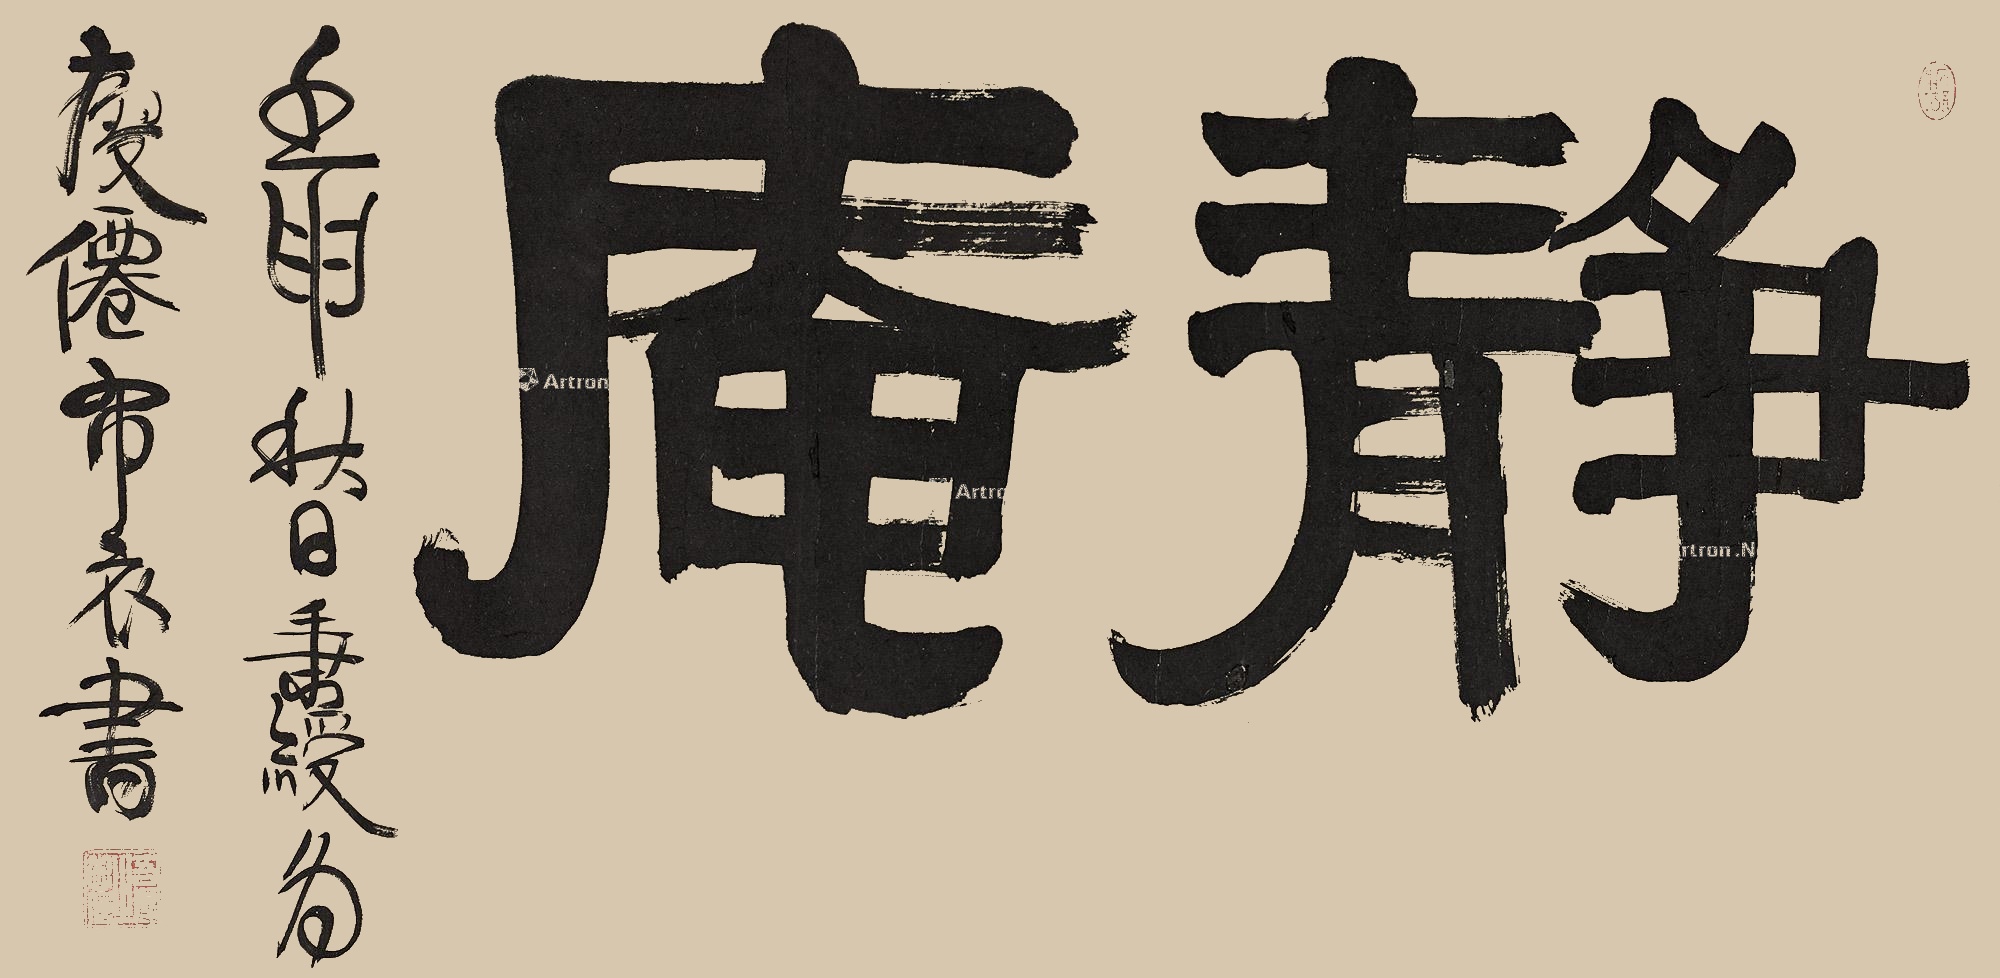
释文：静庵。壬申秋日秉绶为瘦仙布衣书。